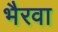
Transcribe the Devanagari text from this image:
भैरवा